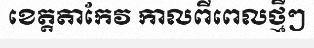
ខេត្តតាកែវ កាលពីពេលថ្មីៗ